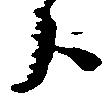
分